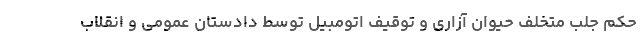
حکم جلب متخلف حیوان آزاری و توقیف اتومبیل توسط دادستان عمومی و انقلاب